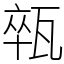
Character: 𤭢